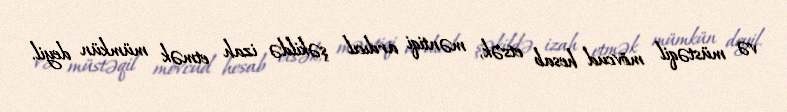
və müstəqil mövcud hesab etsək, məntiqi ardıcıl şəkildə izah etmək mümkün deyil.